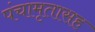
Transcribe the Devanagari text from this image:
पंचामृतासह